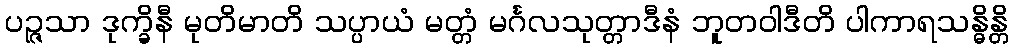
ပဉ္ဇသာ ဒုက္ခိနီ မုတိမာတိ သပ္ပာယံ မတ္တံ မင်္ဂလသုတ္တာဒီနံ ဘူတဝါဒီတိ ပါကာရသန္ဓိန္တိ